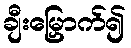
ချီးမြှောက်၍